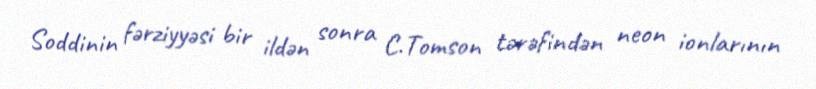
Soddinin fərziyyəsi bir ildən sonra C.Tomson tərəfindən neon ionlarının